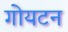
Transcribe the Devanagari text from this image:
गोयटन